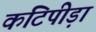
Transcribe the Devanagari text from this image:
कटिपीड़ा